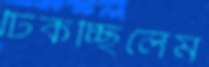
ঢিকচ্ছিলেম